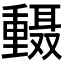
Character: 𫒅